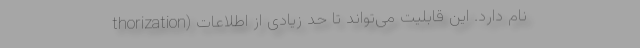
thorization) نام دارد. این قابلیت می‌تواند تا حد زیادی از اطلاعات